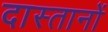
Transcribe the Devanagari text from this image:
दास्तानों